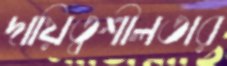
দায়িত্বশীলতার